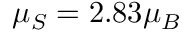
\mu _ { S } = 2 . 8 3 \mu _ { B }